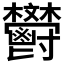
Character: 𩰩